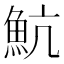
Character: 魧